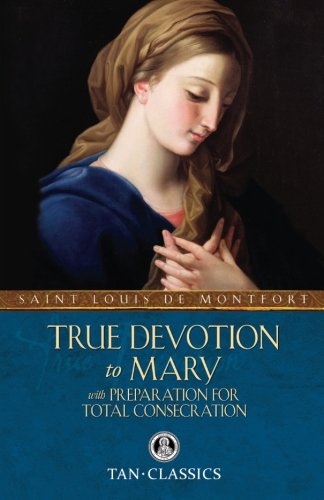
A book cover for True Devotion to Mary: with Preparation for Total Consecration (Tan Classics); St. Louis de Montfort; Christian Books & Bibles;